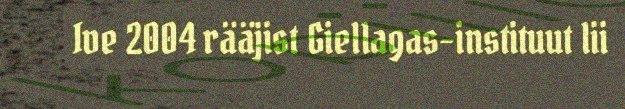
Ive 2004 rääjist Giellagas-instituut lii